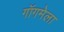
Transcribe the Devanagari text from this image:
गॉगमेला